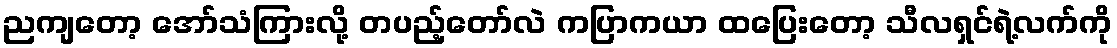
ညကျတော့ အော်သံကြားလို့ တပည့်တော်လဲ ကပြာကယာ ထပြေးတော့ သီလရှင်ရဲ့လက်ကို